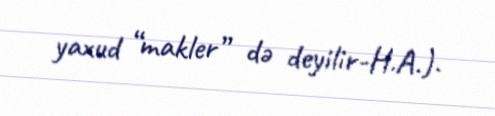
yaxud “makler” də deyilir-H.A.).